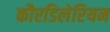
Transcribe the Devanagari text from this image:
कौरडिलेरियन